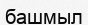
башмыл